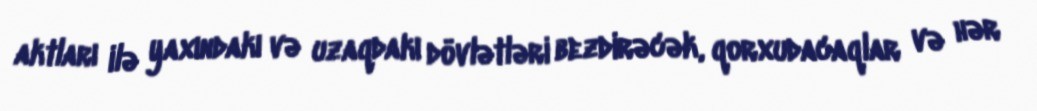
aktları ilə yaxındakı və uzaqdakı dövlətləri bezdirəcək, qorxudacaqlar və hər